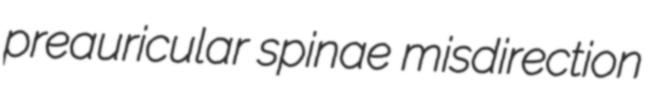
preauricular spinae misdirection